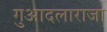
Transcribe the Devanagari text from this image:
गुआदलाराजा